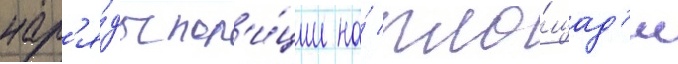
нар'я́ды пол'и́ции на́ пло́щад'и